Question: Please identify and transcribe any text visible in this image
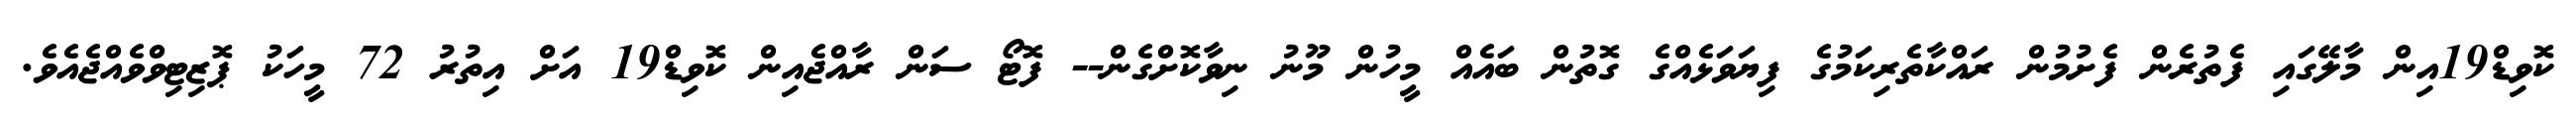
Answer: ކޮވިޑް19އިން މާލޭގައި ފެތުރެން ފެށުމުން ރައްކާތެރިކަމުގެ ފިޔަވަޅެއްގެ ގޮތުން ބައެއް މީހުން މޫނު ނިވާކޮށްގެން-- ފޮޓޯ ސަން ރާއްޖެއިން ކޮވިޑް19 އަށް އިތުރު 72 މީހަކު ޕޮޒިޓިވްވެއްޖެއެވެ.